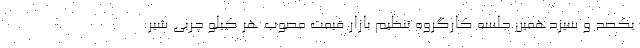
یکصد و سیزدهمین جلسه کارگروه تنظیم بازار قیمت مصوب هر کیلو چربی شیر